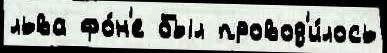
льва фо́н'е был провод'и́лось